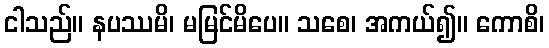
ငါသည်။ နပဿမိ၊ မမြင်မိပေ။ သစေ၊ အကယ်၍။ ကောစိ၊